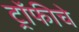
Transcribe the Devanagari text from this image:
ट्रॉफीचे